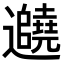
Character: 𬩱